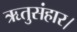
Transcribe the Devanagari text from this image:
ऋतुसंहार।